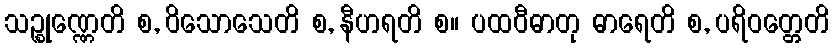
သဉ္စုဏ္ဏေတိ စ, ဝိသောသေတိ စ, နီဟရတိ စ။ ပထဝီဓာတု ဓာရေတိ စ, ပရိဝတ္တေတိ